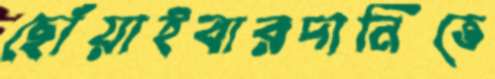
ছোঁয়াইবারদানিতে